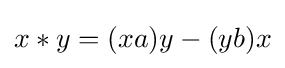
x*y=(xa)y-(yb)x